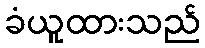
ခံယူထားသည်